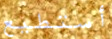
أستطيع